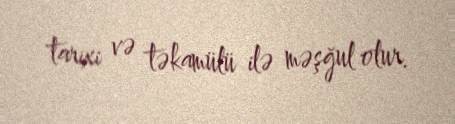
tarixi və təkamülü ilə məşğul olur.